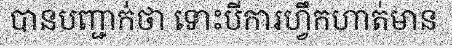
បានបញ្ជាក់ថា ទោះបីការហ្វឹកហាត់មាន